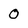
Character: 0